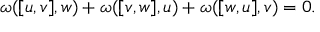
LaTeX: \omega ( [ u , v ] , w ) + \omega ( [ v , w ] , u ) + \omega ( [ w , u ] , v ) = 0 .